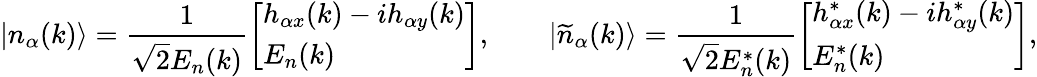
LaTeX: |n_{\alpha}(k)\rangle=\frac{1}{\sqrt{2}E_{n}(k)}\left[\begin{array}{l}{h_{\alpha x}(k)-ih_{\alpha y}(k)}\\ {E_{n}(k)}\end{array}\right],\qquad|\widetilde{n}_{\alpha}(k)\rangle=\frac{1}{\sqrt{2}E_{n}^{*}(k)}\left[\begin{array}{l}{h_{\alpha x}^{*}(k)-ih_{\alpha y}^{*}(k)}\\ {E_{n}^{*}(k)}\end{array}\right],